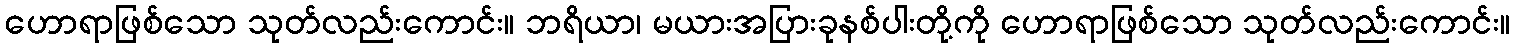
ဟောရာဖြစ်သော သုတ်လည်းကောင်း။ ဘရိယာ၊ မယားအပြားခုနစ်ပါးတို့ကို ဟောရာဖြစ်သော သုတ်လည်းကောင်း။